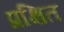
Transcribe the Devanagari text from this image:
प्रक्षित